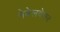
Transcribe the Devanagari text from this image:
नेबेलवेफर